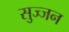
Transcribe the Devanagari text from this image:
सुज्जन